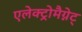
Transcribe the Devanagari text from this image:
एलेक्ट्रोमैग्नेट्